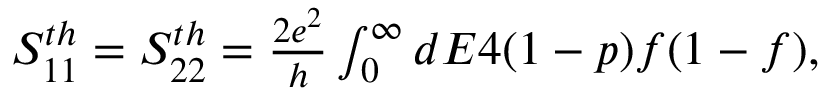
\begin{array} { r } { { S _ { 1 1 } ^ { t h } = S _ { 2 2 } ^ { t h } = \frac { 2 e ^ { 2 } } { h } \int _ { 0 } ^ { \infty } d E 4 ( 1 - p ) f ( 1 - f ) , } } \end{array}